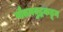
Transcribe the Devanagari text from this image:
गौतमबुद्धकडून